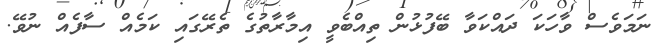
ނަމަވެސް ވާހަކަ ދައްކަވާ ބޭފުޅުން ތިއްބެވީ އިމާރާތުގެ ތެރޭގައި ކަމެއް ސާފެއް ނުވޭ.